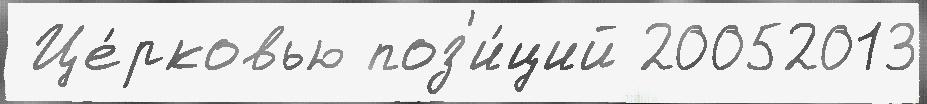
 Це́рковью поз'и́ций 20052013